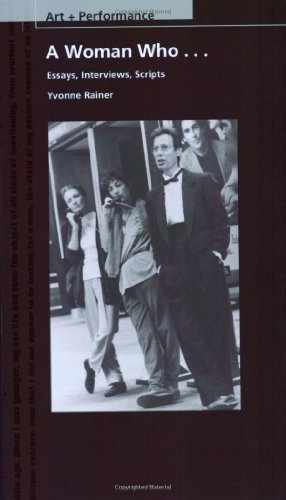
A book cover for A Woman Who...: Essays, Interviews, Scripts (PAJ Books: Art + Performance); Ms. Yvonne Rainer; Humor & Entertainment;